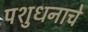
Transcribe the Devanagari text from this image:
पशुधनाचे